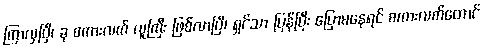
ကြာလှပြီ၊ ခု စကားလက် လူကြီး ဖြစ်လာပြီ၊ ရှင်သာ ပြန်ပြီး ပြောမနေရင် စကားလက်တောင်